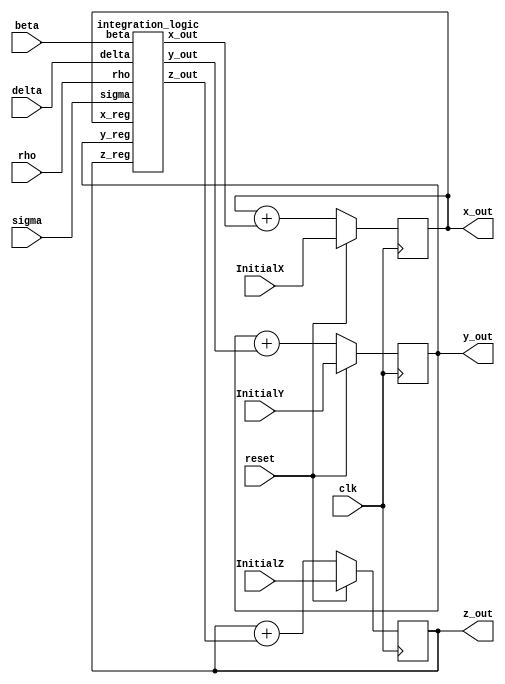
/////////////////////////////////////////////////
//// integrator /////////////////////////////////
/////////////////////////////////////////////////
//
module integrator(x_out,y_out,z_out,InitialX,InitialY,InitialZ, clk,reset,delta,sigma,beta,rho);
    
    output signed [26:0] x_out; 	
    output signed [26:0] y_out;
    output signed [26:0] z_out;


    input clk, reset;
    input signed [26:0] delta;

    input signed [26:0] InitialX;
    input signed [26:0] InitialY;
    input signed [26:0] InitialZ; 

    input signed [26:0] sigma;
    input signed [26:0] beta;
    input signed [26:0] rho;
    
	wire signed [26:0] x_int_out, y_int_out, z_int_out;
    wire signed	[26:0] x_out, y_out, z_out, x_new, y_new, z_new  ;
    reg signed	[26:0] x_reg ,y_reg ,z_reg  ;


	always @ (posedge clk) 
	begin
        if (reset==1) begin
		    x_reg <= InitialX ; // 
            y_reg <= InitialY ; //
            z_reg <= InitialZ ; //
		end
	else begin
	    	x_reg <= x_new ;
            y_reg <= y_new ;
            z_reg <= z_new ;
		end
	end    
    integration_logic int_logic(
        .x_out (x_int_out), //outputs of the intergration combinational logic
        .y_out (y_int_out),
        .z_out (z_int_out),
        .x_reg (x_reg),
        .y_reg (y_reg),
        .z_reg (z_reg),
        .delta (delta), //dt
        .sigma (sigma),
        .beta (beta),
        .rho (rho)
    );
    
    assign x_new = x_reg + x_int_out; //integration_logic()
    assign y_new = y_reg + y_int_out;
    assign z_new = z_reg + z_int_out;
    assign x_out = x_reg ;
    assign y_out = y_reg ;
    assign z_out = z_reg ;
    
endmodule




module integration_logic(x_out, y_out, z_out, x_reg, y_reg, z_reg,delta, sigma, beta, rho);
    
    output signed [26:0] x_out;
    output signed [26:0] y_out;
    output signed [26:0] z_out;
    input signed [26:0] x_reg;
    input signed [26:0] y_reg;
    input signed [26:0] z_reg;
    input signed [26:0] delta;
    

    input signed [26:0] sigma;
    input signed [26:0] beta;
    input signed [26:0] rho;

    //x(k+1) = x(k) + dt*x'(k)
    
    //wire signed [26:0] add_x, add_y, add_z;
    wire signed	[26:0] x_w0,x_w1;
    wire signed [26:0] y_w0,y_w1,y_w2;
    wire signed [26:0] z_w0,z_w1;


    //X
    
    signed_mult X_M0(.out(x_w0),.a(y_reg),.b(delta)); //y_reg*delta
    signed_mult X_M1(x_w1,x_reg,delta); //x_reg*delta
    signed_mult X_M2(x_out,x_w0-x_w1,sigma); //((y_reg*delta - x_reg*delta) * sigma )
    
    //Y
    signed_mult Y_M0(y_w0,rho,delta); //rho*delta
    signed_mult Y_M1(y_w1,z_reg,delta); //z_reg*delta
    signed_mult Y_M2(y_w2,x_reg,y_w0-y_w1); //x_reg*(rho*delta-z_reg*delta)
    assign y_out = y_w2-x_w0;//(x_reg*(rho*delta-z_reg*delta)-y_reg*delta)

    //Z
    signed_mult Z_M0(z_w0,x_reg,x_w0); //x_reg*(y_reg*delta)
    signed_mult Z_M1(z_w1,beta,y_w1); //beta*(z_reg*delta)
    assign z_out = z_w0 - z_w1;

        
    //end 
        
    
endmodule



//////////////////////////////////////////////////
//// signed mult of 7.20 format 2'comp////////////
//////////////////////////////////////////////////


module signed_mult (out, a, b);
	output 	signed  [26:0]	out;
	input 	signed	[26:0] 	a;
	input 	signed	[26:0] 	b;
	// intermediate full bit length
	wire 	signed	[53:0]	mult_out;
	assign mult_out = a * b;
	// select bits for 7.20 fixed point
	assign out = {mult_out[53], mult_out[45:20]};
endmodule

//////////////////////////////////////////////////